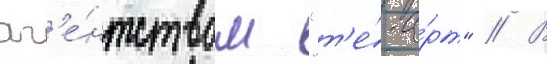
аг'е́нтством "т'е́-а́рт" // В